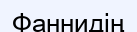
Фаннидің